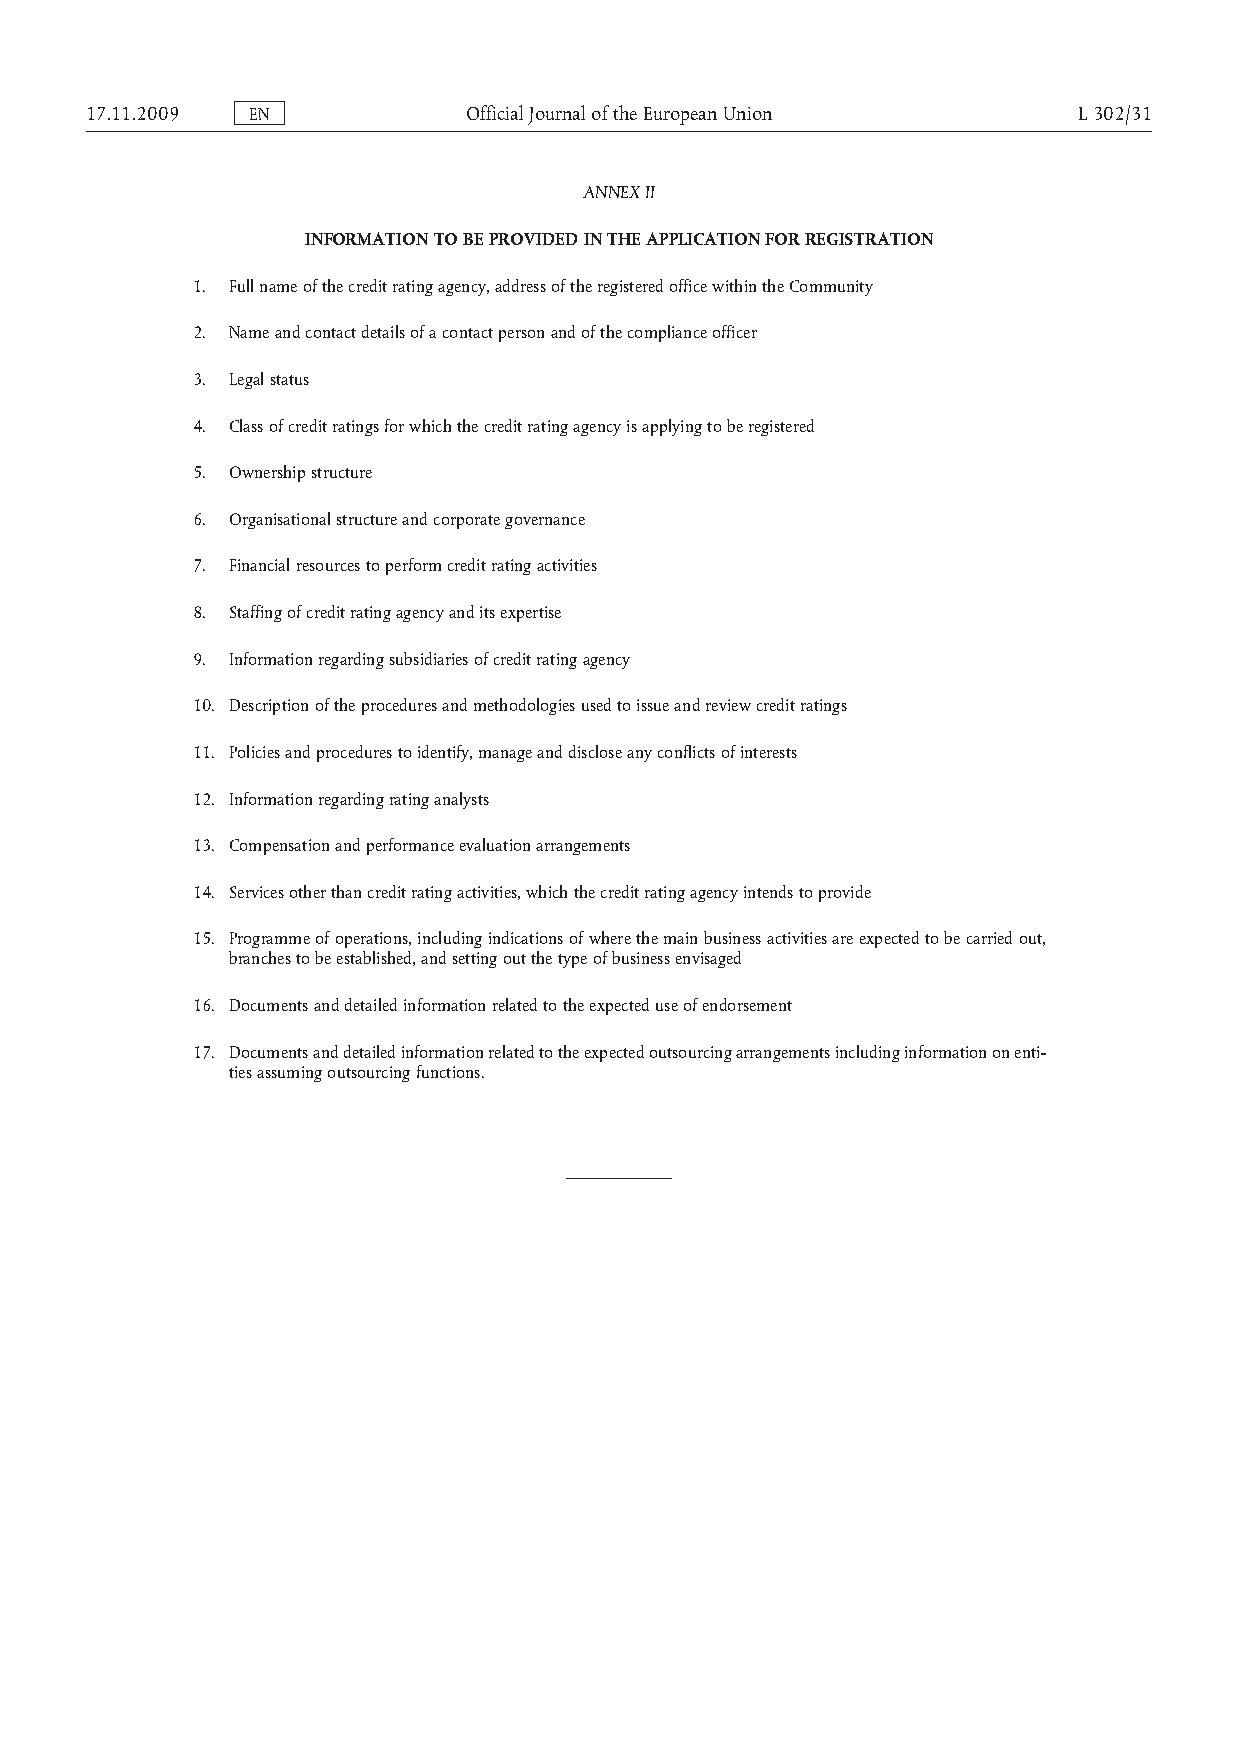
17.11.2009 EN            OfficialJournaloftheEuropeanUnion       L302/31
 ANNEX II
 INFORMATION TO BE PROVIDED IN THE APPLICATION FOR REGISTRATION
 1. Full name of the credit rating agency, address of the registered office within the Community
 2. Name and contact details of a contact person and of the compliance officer
 3. Legal status
 4. Class of credit ratings for which the credit rating agency is applying to be registered
 5. Ownership structure
 6. Organisational structure and corporate governance
 7. Financial resources to perform credit rating activities
 8. Staffing of credit rating agency and its expertise
 9. Information regarding subsidiaries of credit rating agency
 10. Description of the procedures and methodologies used to issue and review credit ratings
 11. Policies and procedures to identify, manage and disclose any conflicts of interests
 12. Information regarding rating analysts
 13. Compensation and performance evaluation arrangements
 14. Services other than credit rating activities, which the credit rating agency intends to provide
 15. Programme of operations, including indications of where the main business activities are expected to be carried out,
 branches to be established, and setting out the type of business envisaged
 16. Documents and detailed information related to the expected use of endorsement
 17. Documents and detailed information related to the expected outsourcing arrangements including information on enti­
 ties assuming outsourcing functions.